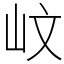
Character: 㞶